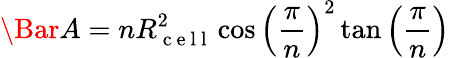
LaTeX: \Bar{A}=nR_{\mathrm{~c~e~l~l~}}^{2}\cos\left(\frac{\pi}{n}\right)^{2}\tan\left(\frac{\pi}{n}\right)